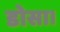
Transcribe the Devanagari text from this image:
डोसा।